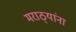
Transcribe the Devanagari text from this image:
मराठ्‍यांना